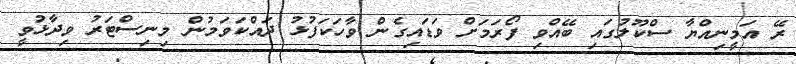
ރޭ އަމީނިއްޔާ ސްކޫލުގައި ބޭއްވި ފޯރަމަށް ވަޑައިގެން ވާހަކަފުޅު ދައްކަވަމުން މިނިސްޓަރު ވިދާޅުވީ